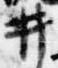
井